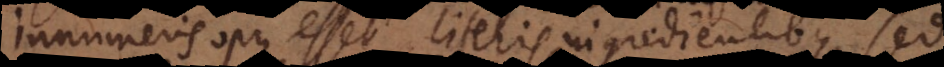
innumeris opus esset literis ingredientibus, sed